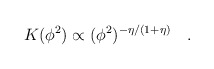
\begin{align*}K(\phi^2) \propto (\phi^2)^{-\eta/(1+\eta)}\quad.\end{align*}